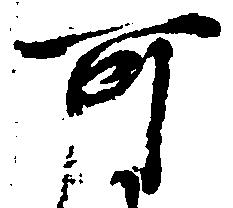
可